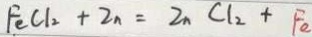
F e C l _ { 2 } + Z n = Z n C l _ { 2 } + F e